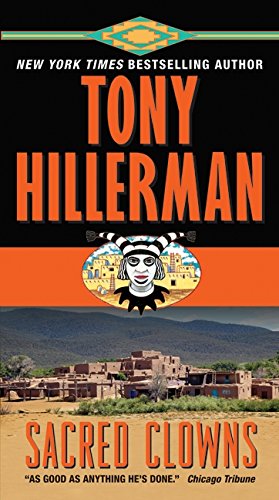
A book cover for Sacred Clowns; Tony Hillerman; Literature & Fiction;